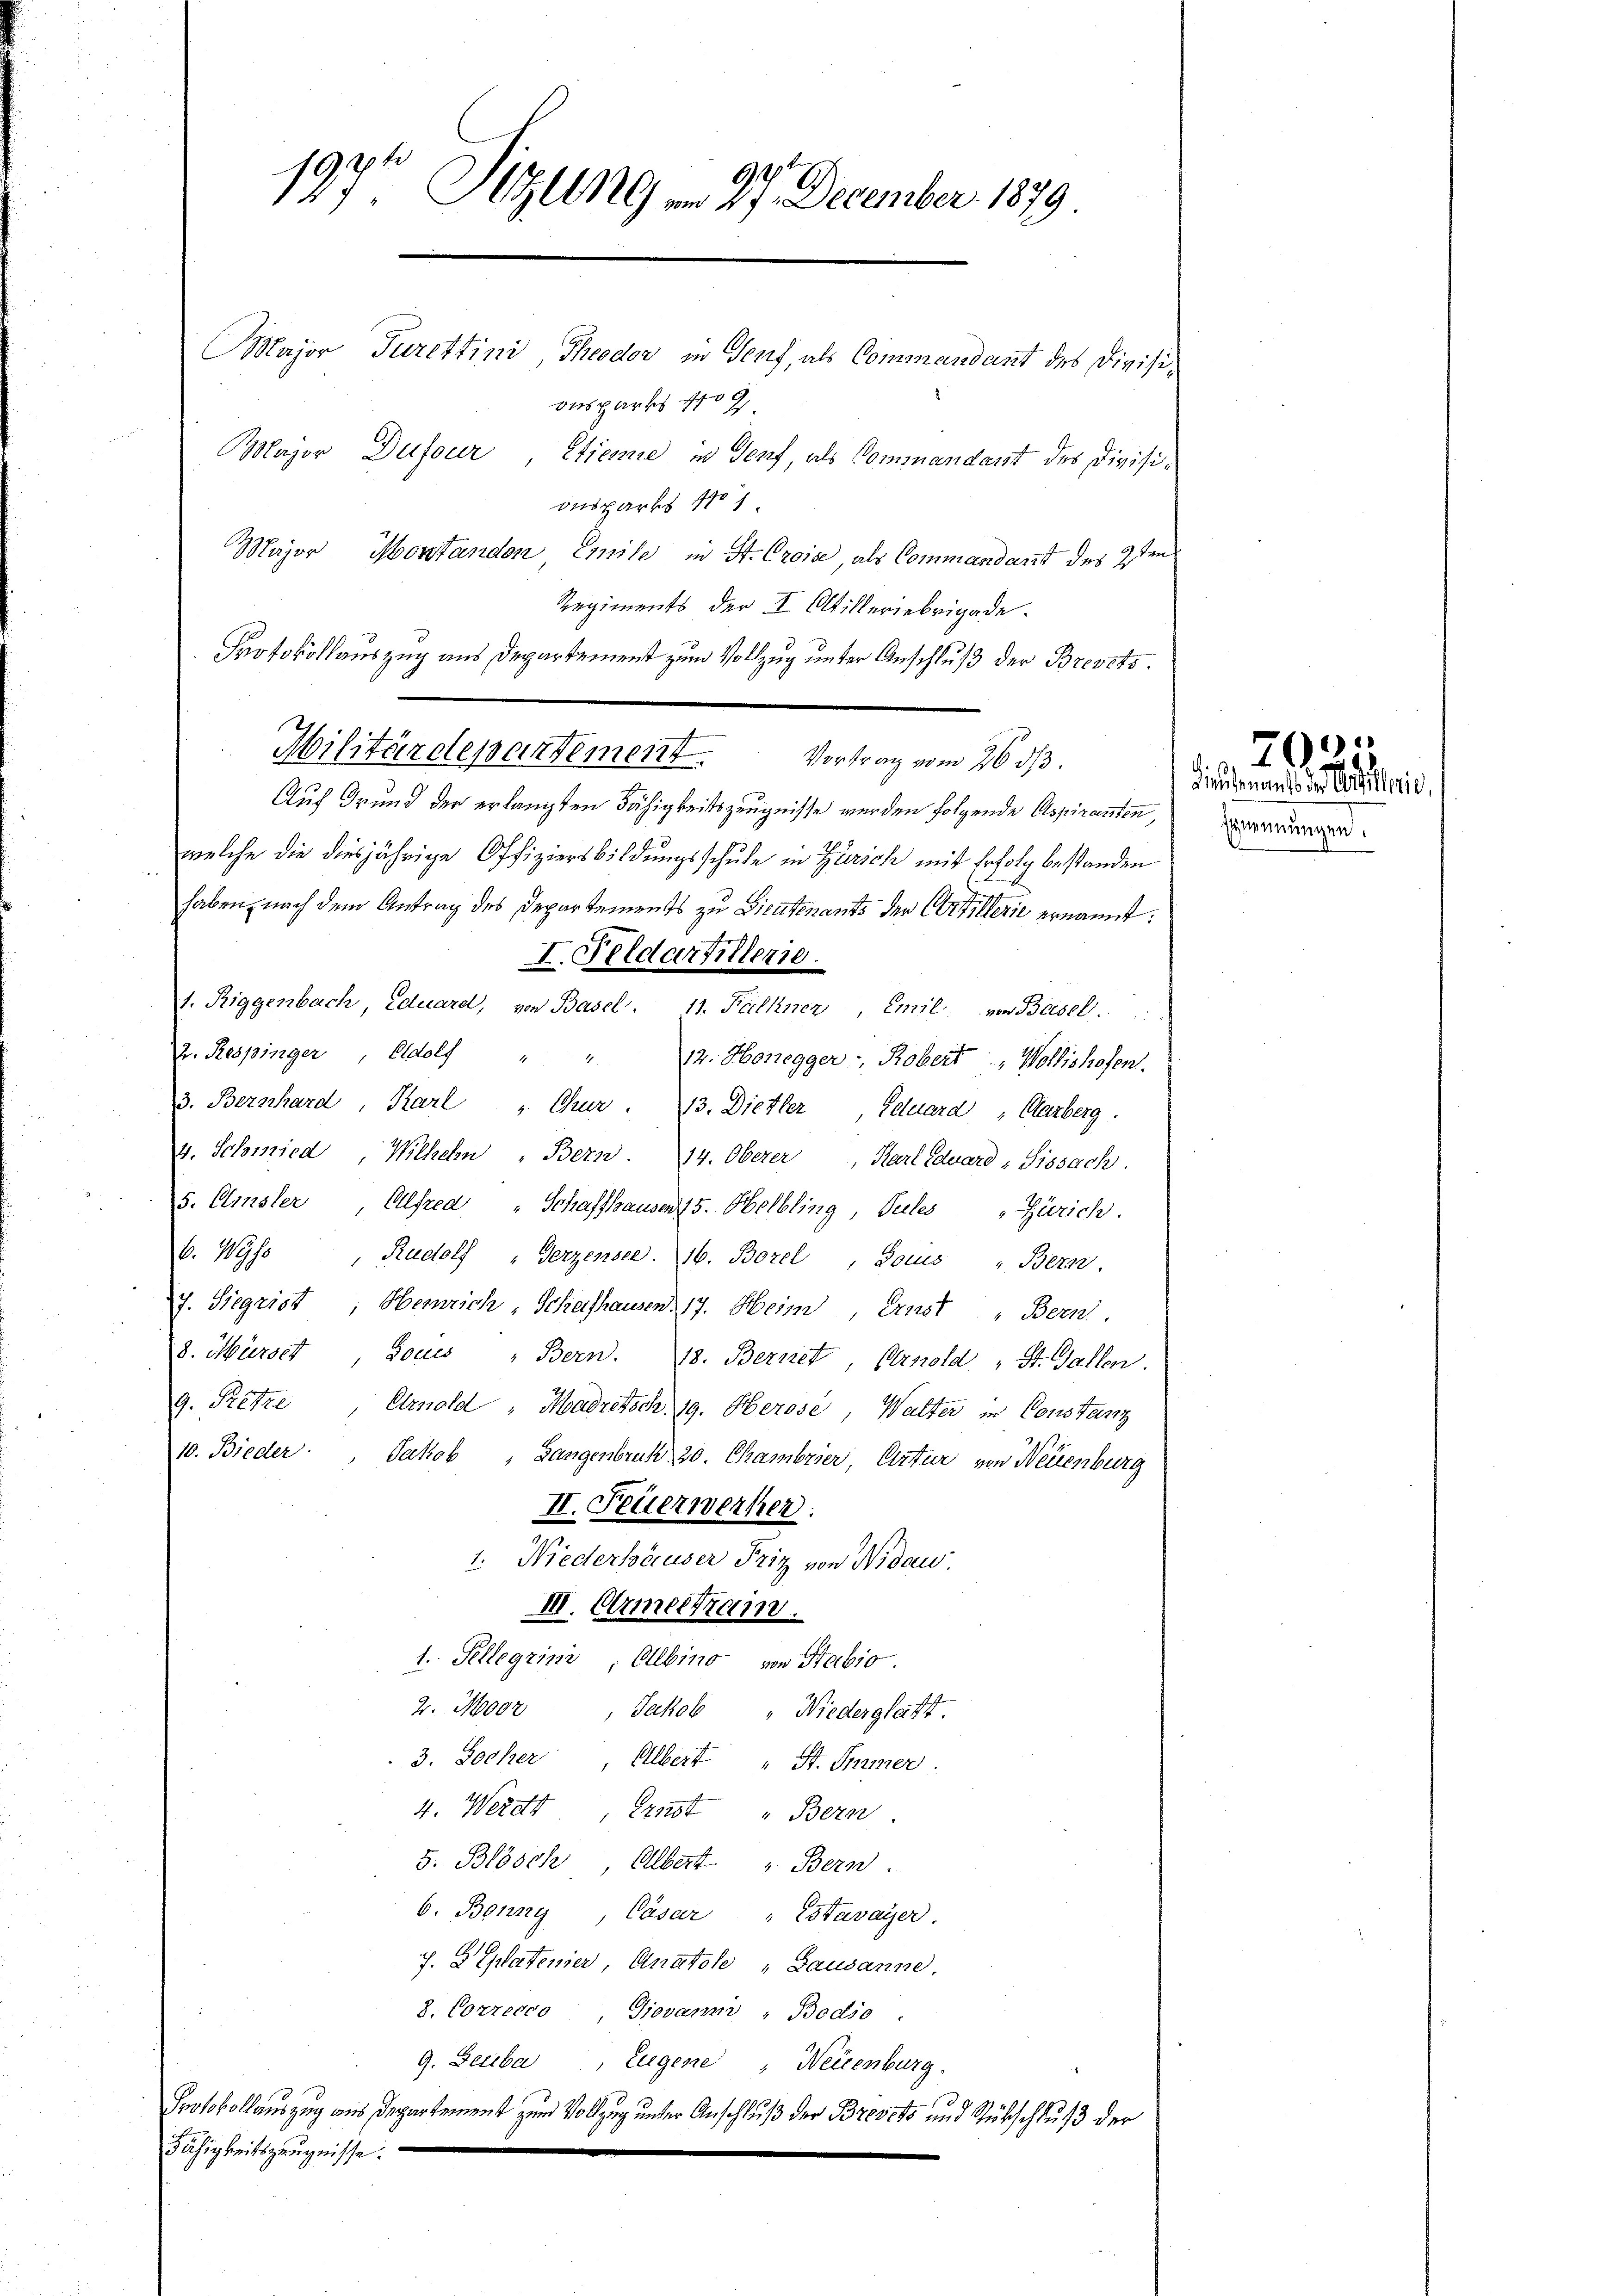
949
197t Still am 27. December 1879
Major Furettini Theodor in Genf, als Commandant des Divisious parts g
Major Dufour, Etieme in Genf als Commandant des Divisionsparks 1101.

Major Montandon Emile in St. Croise als Commandant des 1sten
Regiments der I Artilleriebrigade.
Protokollauszug aus Departement zum Vollzug unter Anschluß der Brevets¬
Auf Grund der erlangten Fähigkeitszeugnisse werden folgende Aspiranten
welche die diesjährige Offiziersbildungsschule in Zürich mit Erfolg bestanden
haben, nach dem Antrag des Departements zu Lieutenants der Artillerie ernannt:
I. Felder Hiller
I. Riggenbach, Eduard, von Basel. 11. Falkner, Emil von Basel.  ..
2. Respinger, Adolf " " 12. Honegger - Robert, Wollishofen.
3. Bernhard, Karl " Chur . 13. Dietler, Eduard "Carberg.
4. Schmied Willen „Bern 14. Oberer, Karl Eduard Sissach.
5. Amsler, Alfred " Schaffhausen 15. Helbling, Teiles Zürich.
b. Wyss, Rudolf " Gerzensee. 16. Borel, Souis „Bern.
J. Siegrist, Heinrich, Schafhausen. 17. Heim, Ernst " Bern.
8. Mürser, Louis „Bern. 18. Bernet, Arnold " St. Gallen.
9. Retze
Arnold "Moadretsch 19. Herose, Walter in Constanz
10. Bieder
Jakob
Gangenbruk, 20. Chambrier, Artur von Neuenburg
II. Feuerwerker.
1. Niederhäuser Friz von Nidau
III. Armeetrain.
1. Sellegrin, Albino von Stabio.
2. Moor, Jakob „Niederglatt.
3. Locher Albert „ St. Immer
4. Werdt Ernst " Bern
5. Blösch, Albert „Bern.
b. Bonny, Cäsar " Estavayer.
J. Spatenier, Anatole „Lausanne,
8. Correcto Giovann, Bodio.
9. Beiba, Eugene, Neuenburg
Protokollauszug aus Departement zum Vollzug unter Anschluß der Brevets und Rückschluß der
Fähigkeitszeugnisse.

Militärdepartement. Vortrag vom 26. ds.

Ernennungen.

2000
eme der Aeschlie